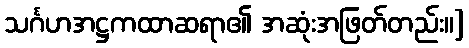
သင်္ဂဟအဋ္ဌကထာဆရာ၏ အဆုံးအဖြတ်တည်း။]